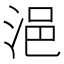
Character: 浥